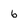
Character: 6